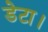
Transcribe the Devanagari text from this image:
डेटा।